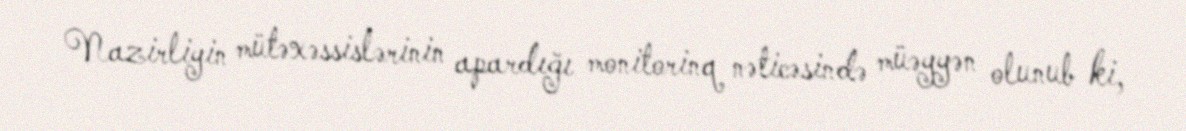
Nazirliyin mütəxəssislərinin apardığı monitorinq nəticəsində müəyyən olunub ki,